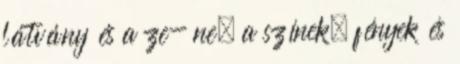
látvány és a ze- ne, a színek, fények és